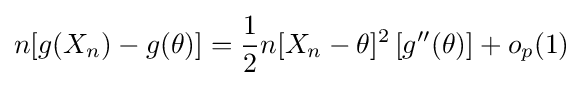
n[g(X_{n})-g(\theta )]={\frac {1}{2}}n[X_{n}-\theta ]^{2}\left[g''(\theta )\right]+o_{p}(1)